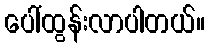
ပေါ်ထွန်းလာပါတယ်။